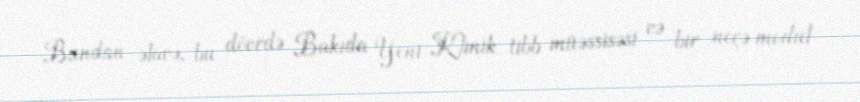
Bundan əlavə, bu dövrdə Bakıda Yeni Klinik tibb müəssisəsi və bir neçə modul